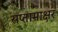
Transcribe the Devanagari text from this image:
सप्तामाक्षर